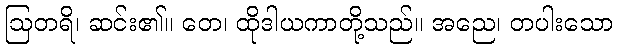
ဩတရိ၊ ဆင်း၏။ တေ၊ ထိုဒါယကာတို့သည်။ အညေ၊ တပါးသော